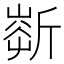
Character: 𣂹